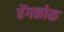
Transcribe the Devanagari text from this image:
बेंगकोक